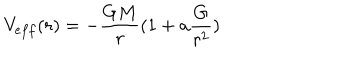
LaTeX: V _ { e f f } ( r ) = - { \frac { G M } { r } } ( 1 + a { \frac { G } { r ^ { 2 } } } )